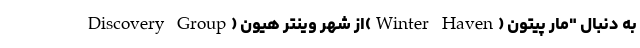
Discovery Group) از شهر وینتر هیون(Winter Haven) به دنبال "مار پیتون